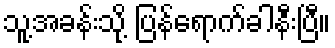
သူ့အခန်းသို့ ပြန်ရောက်ခါနီးပြီ။